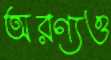
অরণ্যও